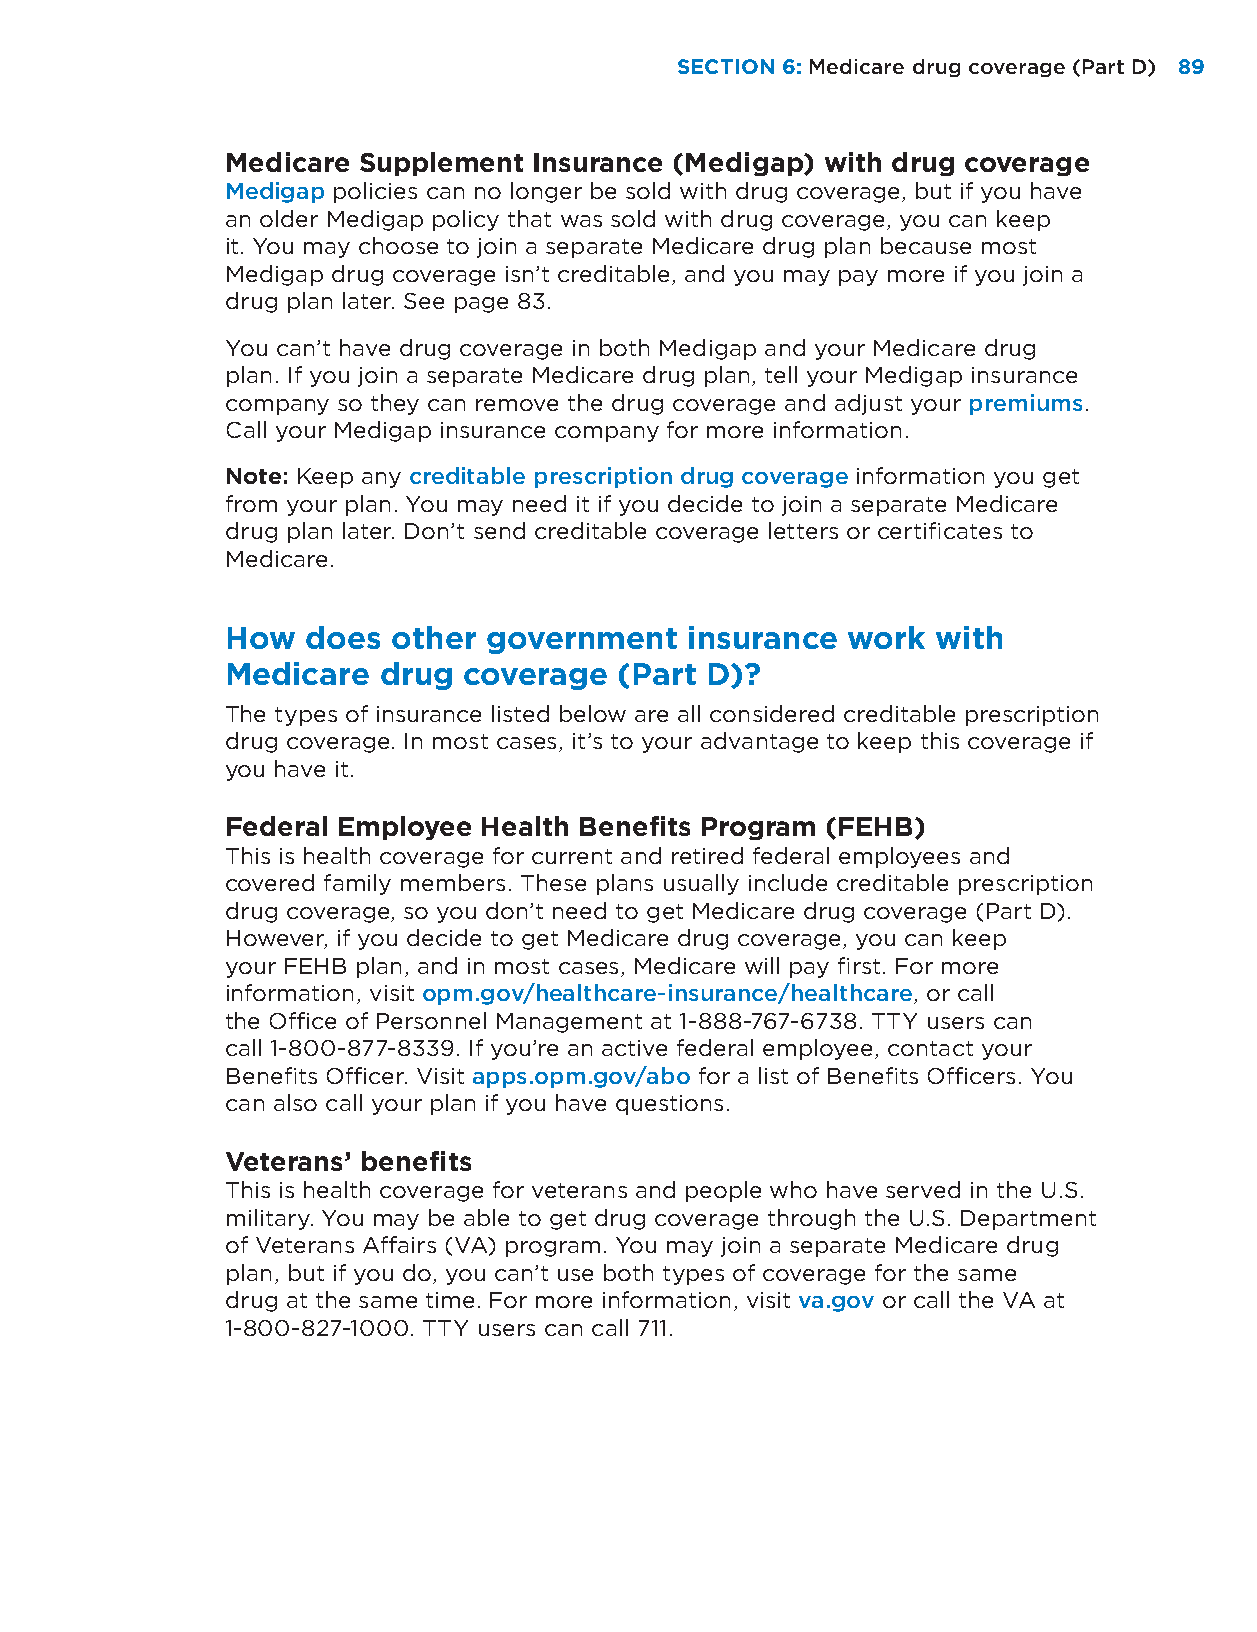
SECTION 6: Medicare drug coverage (Part D) 89
 Medicare Supplement Insurance (Medigap) with drug coverage
 Medigap policies can no longer be sold with drug coverage, but if you have
 an older Medigap policy that was sold with drug coverage, you can keep
 it. You may choose to join a separate Medicare drug plan because most
 Medigap drug coverage isn’t creditable, and you may pay more if you join a
 drug plan later. See page 83.
 You can’t have drug coverage in both Medigap and your Medicare drug
 plan. If you join a separate Medicare drug plan, tell your Medigap insurance
 company so they can remove the drug coverage and adjust your premiums.
 Call your Medigap insurance company for more information.
 Note: Keep any creditable prescription drug coverage information you get
 from your plan. You may need it if you decide to join a separate Medicare
 drug plan later. Don’t send creditable coverage letters or certificates to
 Medicare.
 How  does  other government   insurance  work  with
 Medicare  drug  coverage  (Part D)?
 The types of insurance listed below are all considered creditable prescription
 drug coverage. In most cases, it’s to your advantage to keep this coverage if
 you have it.
 Federal Employee Health Benefits Program (FEHB)
 This is health coverage for current and retired federal employees and
 covered family members. These plans usually include creditable prescription
 drug coverage, so you don’t need to get Medicare drug coverage (Part D).
 However, if you decide to get Medicare drug coverage, you can keep
 your FEHB plan, and in most cases, Medicare will pay first. For more
 information, visit opm.gov/healthcare-insurance/healthcare, or call
 the Office of Personnel Management at 1-888-767-6738. TTY users can
 call 1-800-877-8339. If you’re an active federal employee, contact your
 Benefits Officer. Visit apps.opm.gov/abo for a list of Benefits Officers. You
 can also call your plan if you have questions.
 Veterans’ benefits
 This is health coverage for veterans and people who have served in the U.S.
 military. You may be able to get drug coverage through the U.S. Department
 of Veterans Affairs (VA) program. You may join a separate Medicare drug
 plan, but if you do, you can’t use both types of coverage for the same
 drug at the same time. For more information, visit va.gov or call the VA at
 1-800-827-1000. TTY users can call 711.